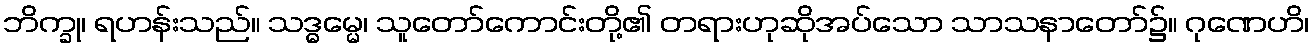
ဘိက္ခု၊ ရဟန်းသည်။ သဒ္ဓမ္မေ၊ သူတော်ကောင်းတို့၏ တရားဟုဆိုအပ်သော သာသနာတော်၌။ ဂုဏေဟိ၊